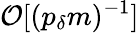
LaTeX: \mathcal{O}[(p_{\delta}m)^{-1}]